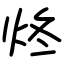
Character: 炵